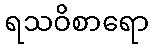
ရသဝိစာရော